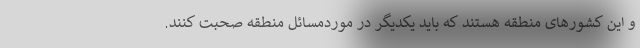
و این کشورهای منطقه هستند که باید یکدیگر در موردمسائل منطقه صحبت کنند.